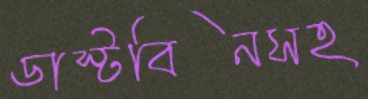
ডাস্টবিনসহ